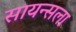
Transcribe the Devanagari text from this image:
सायन्सला